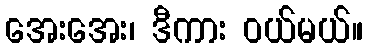
အေးအေး၊ ဒီကား ဝယ်မယ်။